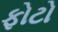
ફોટો